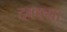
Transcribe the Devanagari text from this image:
दबक्या